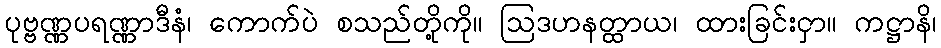
ပုဗ္ဗဏ္ဏပရဏ္ဏာဒီနံ၊ ကောက်ပဲ စသည်တို့ကို။ ဩဒဟနတ္ထာယ၊ ထားခြင်းငှာ။ ကဋ္ဌာနိ၊